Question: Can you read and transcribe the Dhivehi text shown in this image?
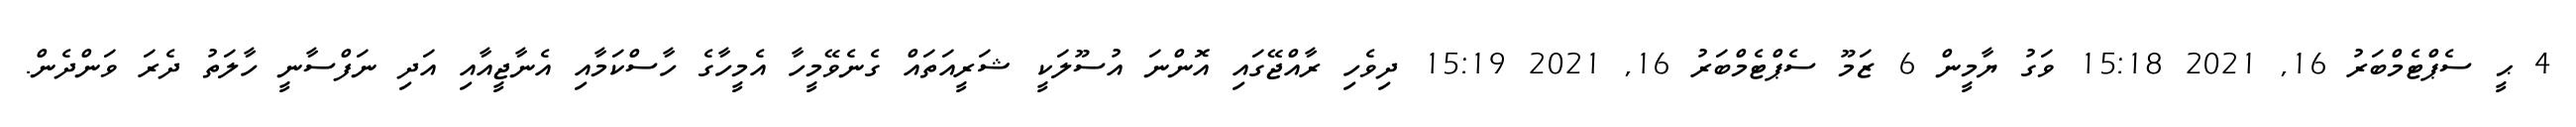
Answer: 4 ޙީ ސެޕްޓެމްބަރު 16, 2021 15:18 ވަގު ޔާމީން 6 ޒަމޫ ސެޕްޓެމްބަރު 16, 2021 15:19 ދިވެހި ރާއްޖޭގައި އޮންނަ އުސޫލަކީ ޝަރީއަތައް ގެނެވޭމީހާ އެމީހާގެ ހާސްކަމާއި އެނާޖީއާއި އަދި ނަފްސާނީ ހާލަތު ދެރަ ވަންދެން.